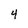
Character: 4